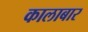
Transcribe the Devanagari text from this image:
कालाबार